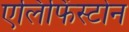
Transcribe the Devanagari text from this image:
एलिफिंस्टोन